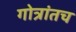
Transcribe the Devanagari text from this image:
गोत्रांतच